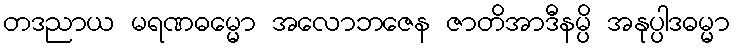
တဒညာယ မရဏဓမ္မော အလောဘဇေန ဇာတိအာဒီနမ္ပိ အနုပ္ပါဒဓမ္မာ